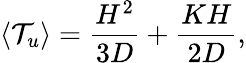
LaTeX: \langle\mathcal{T}_{u}\rangle=\frac{H^{2}}{3D}+\frac{KH}{2D},